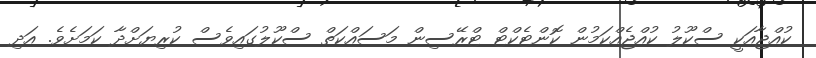
ކުއްޖާއަކީ ސްކޫލު ކުއްޖެއްކަމުން ކޮންޓެކްޓް ޓްރޭސިން މަސައްކަތް ސްކޫލުގައިވެސް ކުރިޔަށްދާ ކަމަށެވެ. އަދި